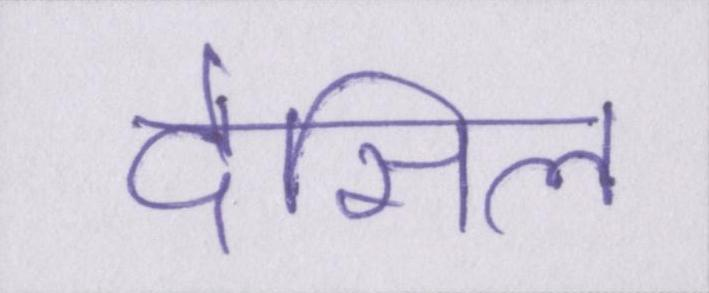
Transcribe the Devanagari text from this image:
देसिल